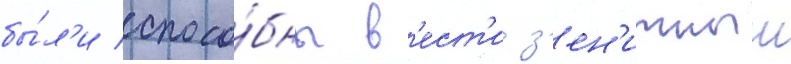
бы́л'и спосо́бны в'ест'и з'ен'итныи